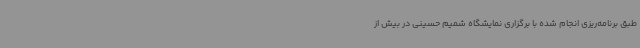
طبق برنامه‌ریزی انجام شده با برگزاری نمایشگاه شمیم حسینی در بیش از